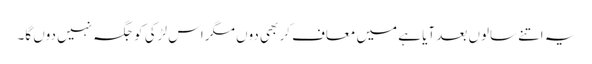
یہ اتنے سالوں بعد آیا ہے میں معاف کر بھی دوں مگر اس لڑکی کو جگہ نہیں دوں گا۔